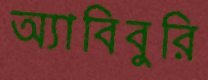
অ্যাবিবুরি